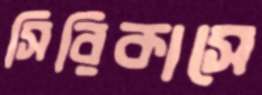
সিরিকাসে